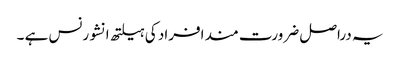
یہ دراصل ضرورت مند افراد کی ہیلتھ انشورنس ہے ۔